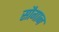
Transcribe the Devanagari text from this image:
सौगान